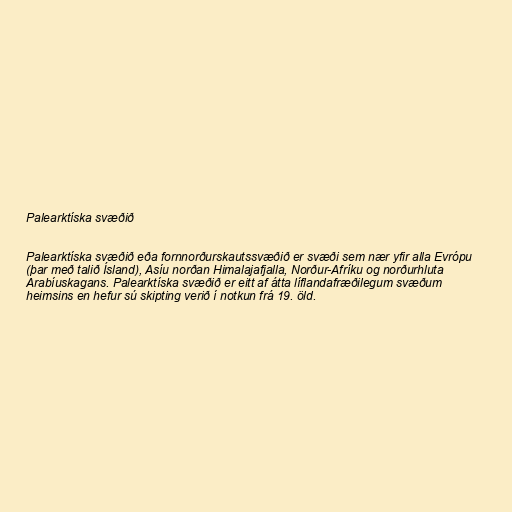
Palearktíska svæðið

Palearktíska svæðið eða fornnorðurskautssvæðið er svæði sem nær yfir alla Evrópu
(þar með talið Ísland), Asíu norðan Himalajafjalla, Norður-Afríku og norðurhluta
Arabíuskagans. Palearktíska svæðið er eitt af átta líflandafræðilegum svæðum
heimsins en hefur sú skipting verið í notkun frá 19. öld.